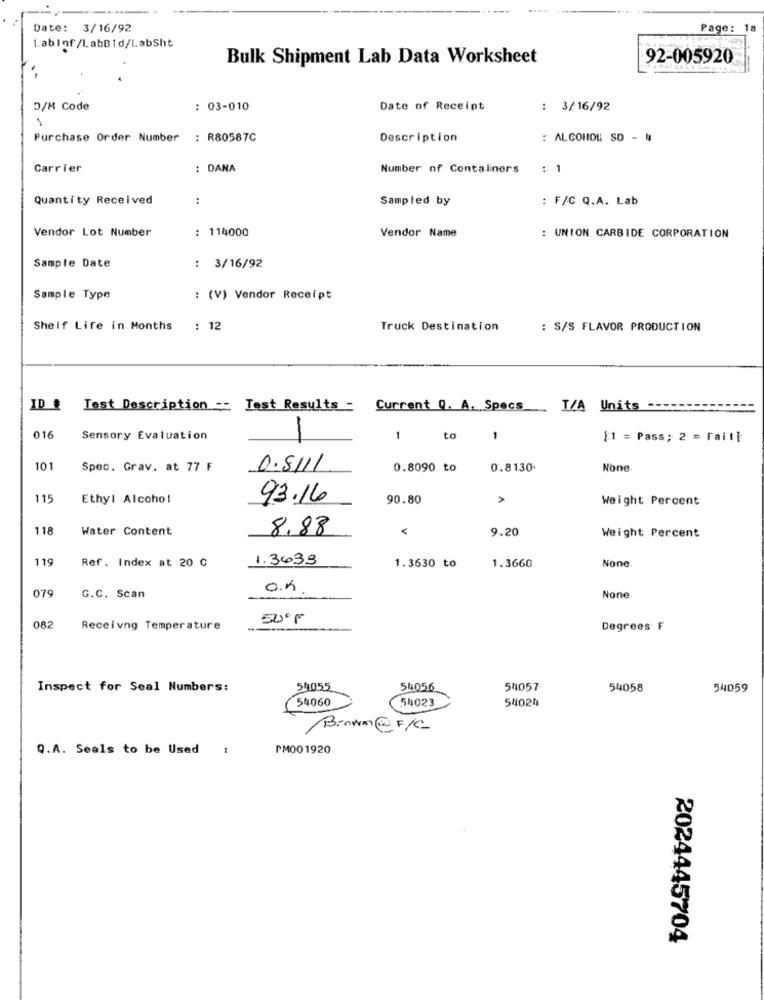
Date: 3/16/92
Page: 18
LabInf/LabBid/LabSht
Bulk Shipment Lab Data Worksheet
92-005920
D/M Code
: 03-010
Date of Receipt
: 3/16/92
1
Purchase Order Number
: R80587C
Description
: ALCOHOL SO -
Carrier
: DANA
Number of Contaliners
: 1
Quantity Received
:
Sampled by
: F/C Q.A. Lab
Vendor Lot Number
: 114000
Vendor Name
: UNION CARBIDE CORPORATION
Sample Date
..
3/16/92
Sample Type
: (V) Vendor Receipt
Shelf Life in Months
: 12
Truck Destination
: S/S FLAVOR PRODUCTION
ID #
Test Description -- Test Results = Current 0. A. Specs_
I/A Units
-
016
Sensory Evaluation
1
to
1
[1 = Pass; 2 = Faill
101
Spec. Grav. at 77 F
0.8111
0.8090 to
0.8130
115
Ethyl Alcohol
93.16
90.80
Weight Percent
118
Water Content
8.88
V
9.20
Weight Percent
119
Ref. Index at 20 C
1.3633
1.3630 to
1.3660
G.C. Scan
O.K.
079
None.
50ºF
082
Receivng Temperature
Degrees F
Inspect for Seal Numbers:
54055
54056
54057
54058
94059
54060
54023
54024
Brown@F/C
Q.A. Seals to be Used
PM001920
2024445704